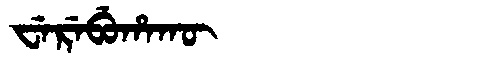
Manchu: ᠸᡝᡵᡝᠪᡠᡥᠠᡴᡡ
Romanization: WEREBUHAKŪ